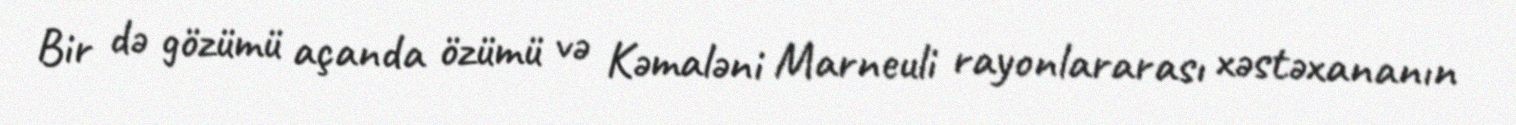
Bir də gözümü açanda özümü və Kəmaləni Marneuli rayonlararası xəstəxananın